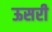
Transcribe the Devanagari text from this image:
ऊसरी